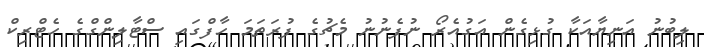
ލިބުނު އަނިޔާއަކާ ގުޅިގެން އަގުއެރޯ ނުފެނުނު މެޗުގެ ފުރަތަމަ ހާފްގައި ސްޓާލިންގްގެ ހެޓްރިކް